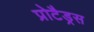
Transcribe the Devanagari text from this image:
प्रोटैड्रस